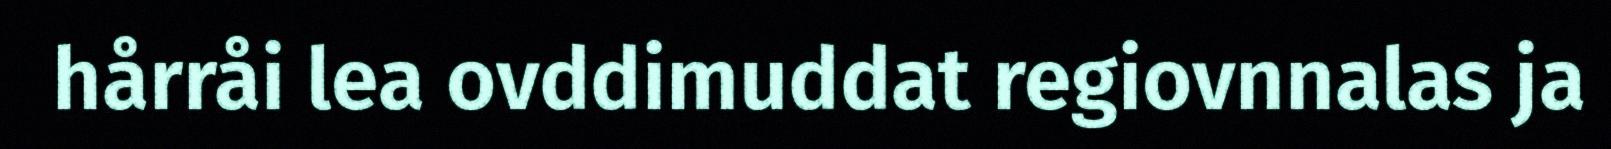
hårråi lea ovddimuddat regiovnnalas ja